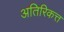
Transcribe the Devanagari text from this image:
अतिरिकत्त